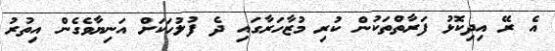
އެ ރޭ އިދިކޮޅު ފަރާތްތަކުން ކުރި މުޒާހަރާގައި ދެ ފުލުހަކަށް އަނިޔާވެގެން އިތުރު